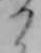
り